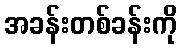
အခန်းတစ်ခန်းကို